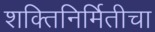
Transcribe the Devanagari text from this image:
शक्तिनिर्मितीचा